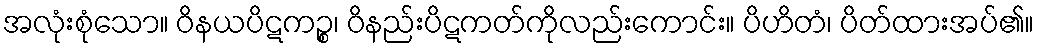
အလုံးစုံသော။ ဝိနယပိဋကဉ္စ၊ ဝိနည်းပိဋကတ်ကိုလည်းကောင်း။ ပိဟိတံ၊ ပိတ်ထားအပ်၏။